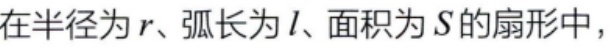
在半径为\(r\)、弧长为\(l\)、面积为\(S\)的扇形中，